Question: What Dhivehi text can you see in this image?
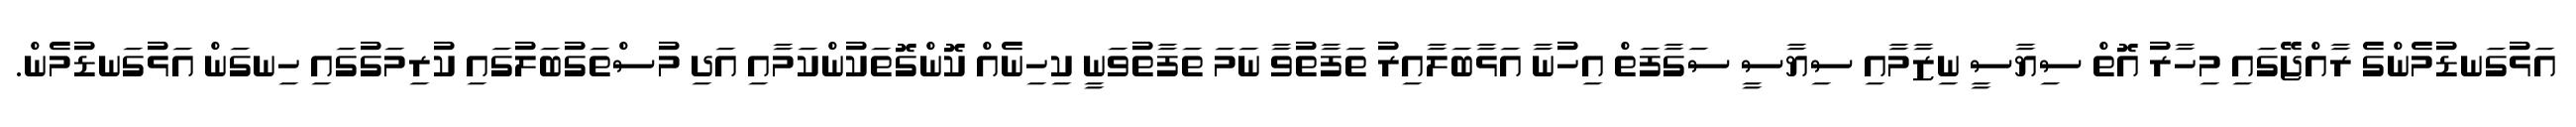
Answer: އަޅުގަނޑުމެންގެ ރާއްޖޭގައި މިހާރު އޮތް ސިޔާސީ ނިޒާމާއި ސިޔާސީ ސަގާފަތް އިހުނާ އަޅާބަލާއިރު ތަފާތުވާ ނަމަ ތަފާތުވަނީ ކިހިނެއް ކޮންގޮތަކުންކަމާއި އަދި މުސްތަގުބަލުގައި ކުރިމަގުގައި ހިނގަން އަޅުގަނޑުމެން.